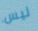
ليس